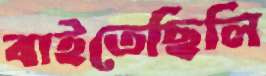
বাইতেছিলি